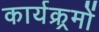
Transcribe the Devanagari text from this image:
कार्यक्र्रमों